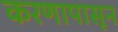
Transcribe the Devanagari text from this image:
करणापासून